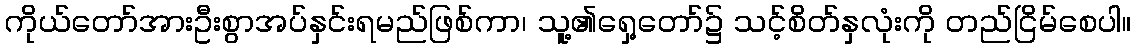
ကိုယ်တော်အားဦးစွာအပ်နှင်းရမည်ဖြစ်ကာ၊ သူ့၏ရှေ့တော်၌ သင့်စိတ်နှလုံးကို တည်ငြိမ်စေပါ။